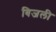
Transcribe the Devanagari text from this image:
बिजली